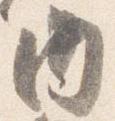
内